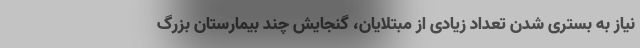
نیاز به بستری شدن تعداد زیادی از مبتلایان، گنجایش چند بیمارستان بزرگ